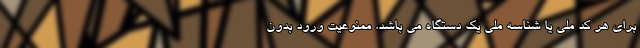
برای هر کد ملی یا شناسه ملی یک دستگاه می باشد. ممنوعیت ورود بدون